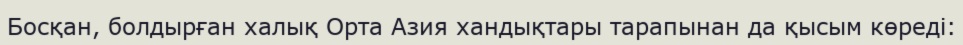
Босқан, болдырған халық Орта Азия хандықтары тарапынан да қысым көреді: